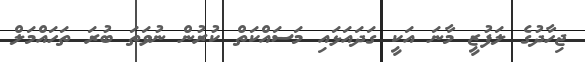
ޖިހާދުގެ ލަފުޒީ މާނަ އަކީ ގަދައަޅައި މަސައްކަތް ކުރުން ނުވަތަ ބުރަ ތަހައްމަލް